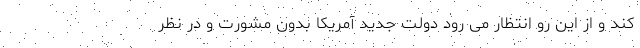
کند و از این رو انتظار می رود دولت جدید آمریکا بدون مشورت و در نظر